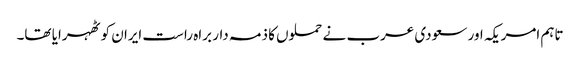
تاہم امریکہ اور سعودی عرب نے حملوں کا ذمہ دار براہ راست ایران کو ٹھہرایا تھا۔